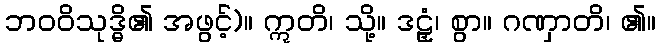
ဘဝဝိသုဒ္ဓိ၏ အဖွင့်)။ ဣတိ၊ သို့။ ဒဠှံ၊ စွာ။ ဂဏှာတိ၊ ၏။